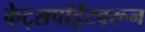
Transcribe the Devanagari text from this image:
केट्सपॉईंटवरून